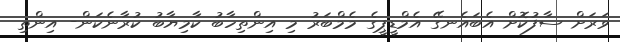
ވަރަށް ސާފުކޮށް އެބައެނގޭ އެމްޑީޕީގެ މެމްބަރު މި އިންތިހާބު ކާމިޔާބު ކުރާނެކަން- އިންތި